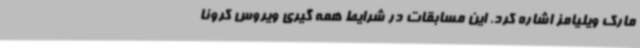
مارک ویلیامز اشاره کرد. این مسابقات در شرایط همه گیری ویروس کرونا